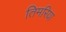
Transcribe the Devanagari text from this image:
तिमरिया